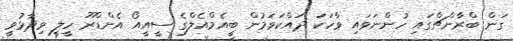
ގަން ބްރާންޗްގައި ހުންނަވައި ވާހަކަ ދައްކަވަމުން ބީއެމްއެލްގެ ސީއީއޯ އެންޑްރޫ ހީލީ ވިދާޅުވީ